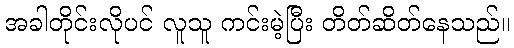
အခါတိုင်းလိုပင် လူသူ ကင်းမဲ့ပြီး တိတ်ဆိတ်နေသည်။